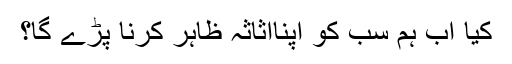
کیا اب ہم سب کو اپنااثاثہ ظاہر کرنا پڑے گا؟